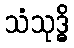
သံသုဒ္ဓိ